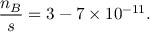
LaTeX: \frac { n _ { B } } { s } = 3 - 7 \times 1 0 ^ { - 1 1 } .